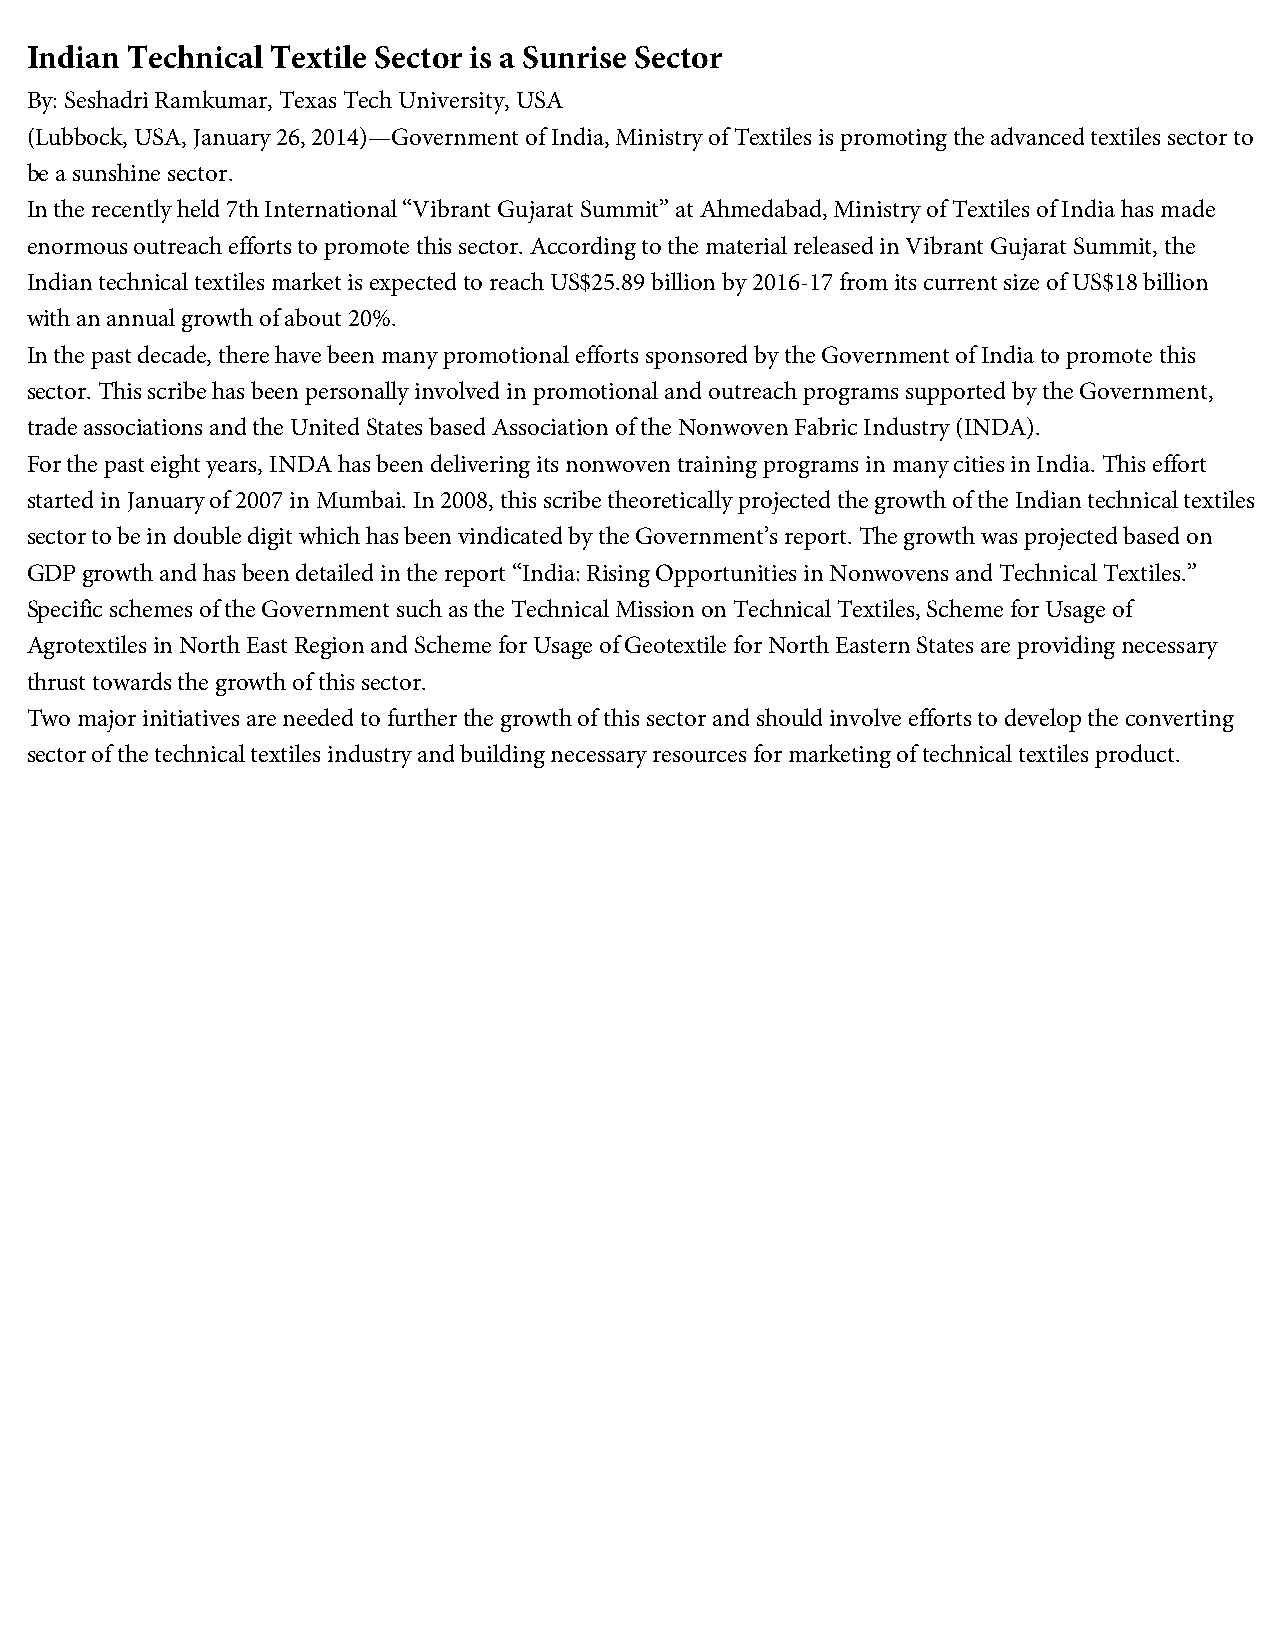
Indian Technical Textile Sector is a Sunrise Sector
 By: Seshadri Ramkumar, Texas Tech University, USA
 (Lubbock, USA, January 26, 2014)—Government of India, Ministry of Textiles is promoting the advanced textiles sector to
 be a sunshine sector.
 In the recently held 7th International “Vibrant Gujarat Summit” at Ahmedabad, Ministry of Textiles of India has made
 enormous outreach efforts to promote this sector. According to the material released in Vibrant Gujarat Summit, the
 Indian technical textiles market is expected to reach US$25.89 billion by 2016-17 from its current size of US$18 billion
 with an annual growth of about 20%.
 In the past decade, there have been many promotional efforts sponsored by the Government of India to promote this
 sector. This scribe has been personally involved in promotional and outreach programs supported by the Government,
 trade associations and the United States based Association of the Nonwoven Fabric Industry (INDA).
 For the past eight years, INDA has been delivering its nonwoven training programs in many cities in India. This effort
 started in January of 2007 in Mumbai. In 2008, this scribe theoretically projected the growth of the Indian technical textiles
 sector to be in double digit which has been vindicated by the Government’s report. The growth was projected based on
 GDP growth and has been detailed in the report “India: Rising Opportunities in Nonwovens and Technical Textiles.”
 Specific schemes of the Government such as the Technical Mission on Technical Textiles, Scheme for Usage of
 Agrotextiles in North East Region and Scheme for Usage of Geotextile for North Eastern States are providing necessary
 thrust towards the growth of this sector.
 Two major initiatives are needed to further the growth of this sector and should involve efforts to develop the converting
 sector of the technical textiles industry and building necessary resources for marketing of technical textiles product.